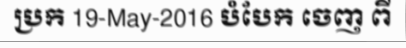
ប្រក 19-May-2016 បំបែក ចេញ ពី